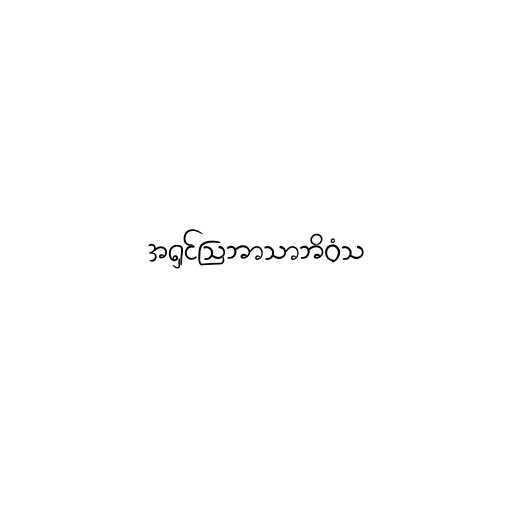
အရှင်သြဘာသာဘိဝံသ